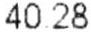
4028